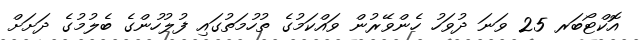
އޮކްޓޯބަރ 25 ވަނަ ދުވަހު ހެންވޭރުން ވައްކަމުގެ ތުހުމަތުގައި ފުލުހުންގެ ބެލުމުގެ ދަށަށް